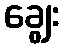
ချွေး